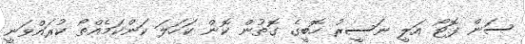
ސަން ފޮޓޯ އަލީ ނަަސީރު ހޮބީގެ ގޮތުން ކޮން ކަހަލަ ކަންކަމެއްތޯ ކުރައްވަނީ